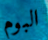
البوم